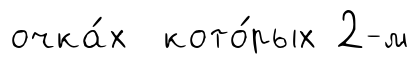
очка́х кото́рых 2-м